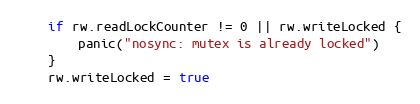
Language: Go
	if rw.readLockCounter != 0 || rw.writeLocked {
		panic("nosync: mutex is already locked")
	}
	rw.writeLocked = true